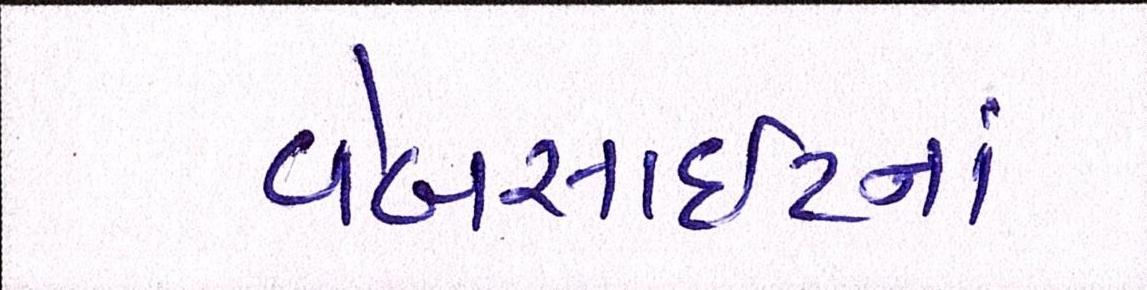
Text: વેબસાઈટનાં